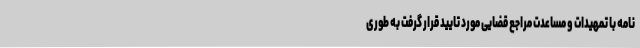
نامه با تمهیدات و مساعدت مراجع قضایی مورد تایید قرار گرفت به طوری